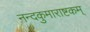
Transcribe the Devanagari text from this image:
नन्दकुमाराष्टकम्